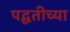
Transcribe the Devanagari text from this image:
पद्घतीच्या